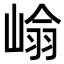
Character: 𭖺